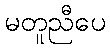
မတူညီပေ